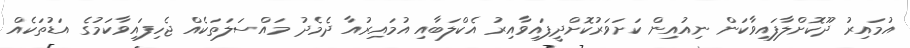
އުމައިރު ދޫކޮށްލާފައިވާކަން ނިއުއިން ކަށަވަރުކޮށްދީފައިވާއިރު އެކްލަބާއި އުމައިރުއާ ދެމެދު މައްސަލަތަކެއް ޖެހިފައިވާކަމުގެ އަޑުތަކެއް